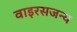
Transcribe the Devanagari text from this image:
वाइरसजन्य